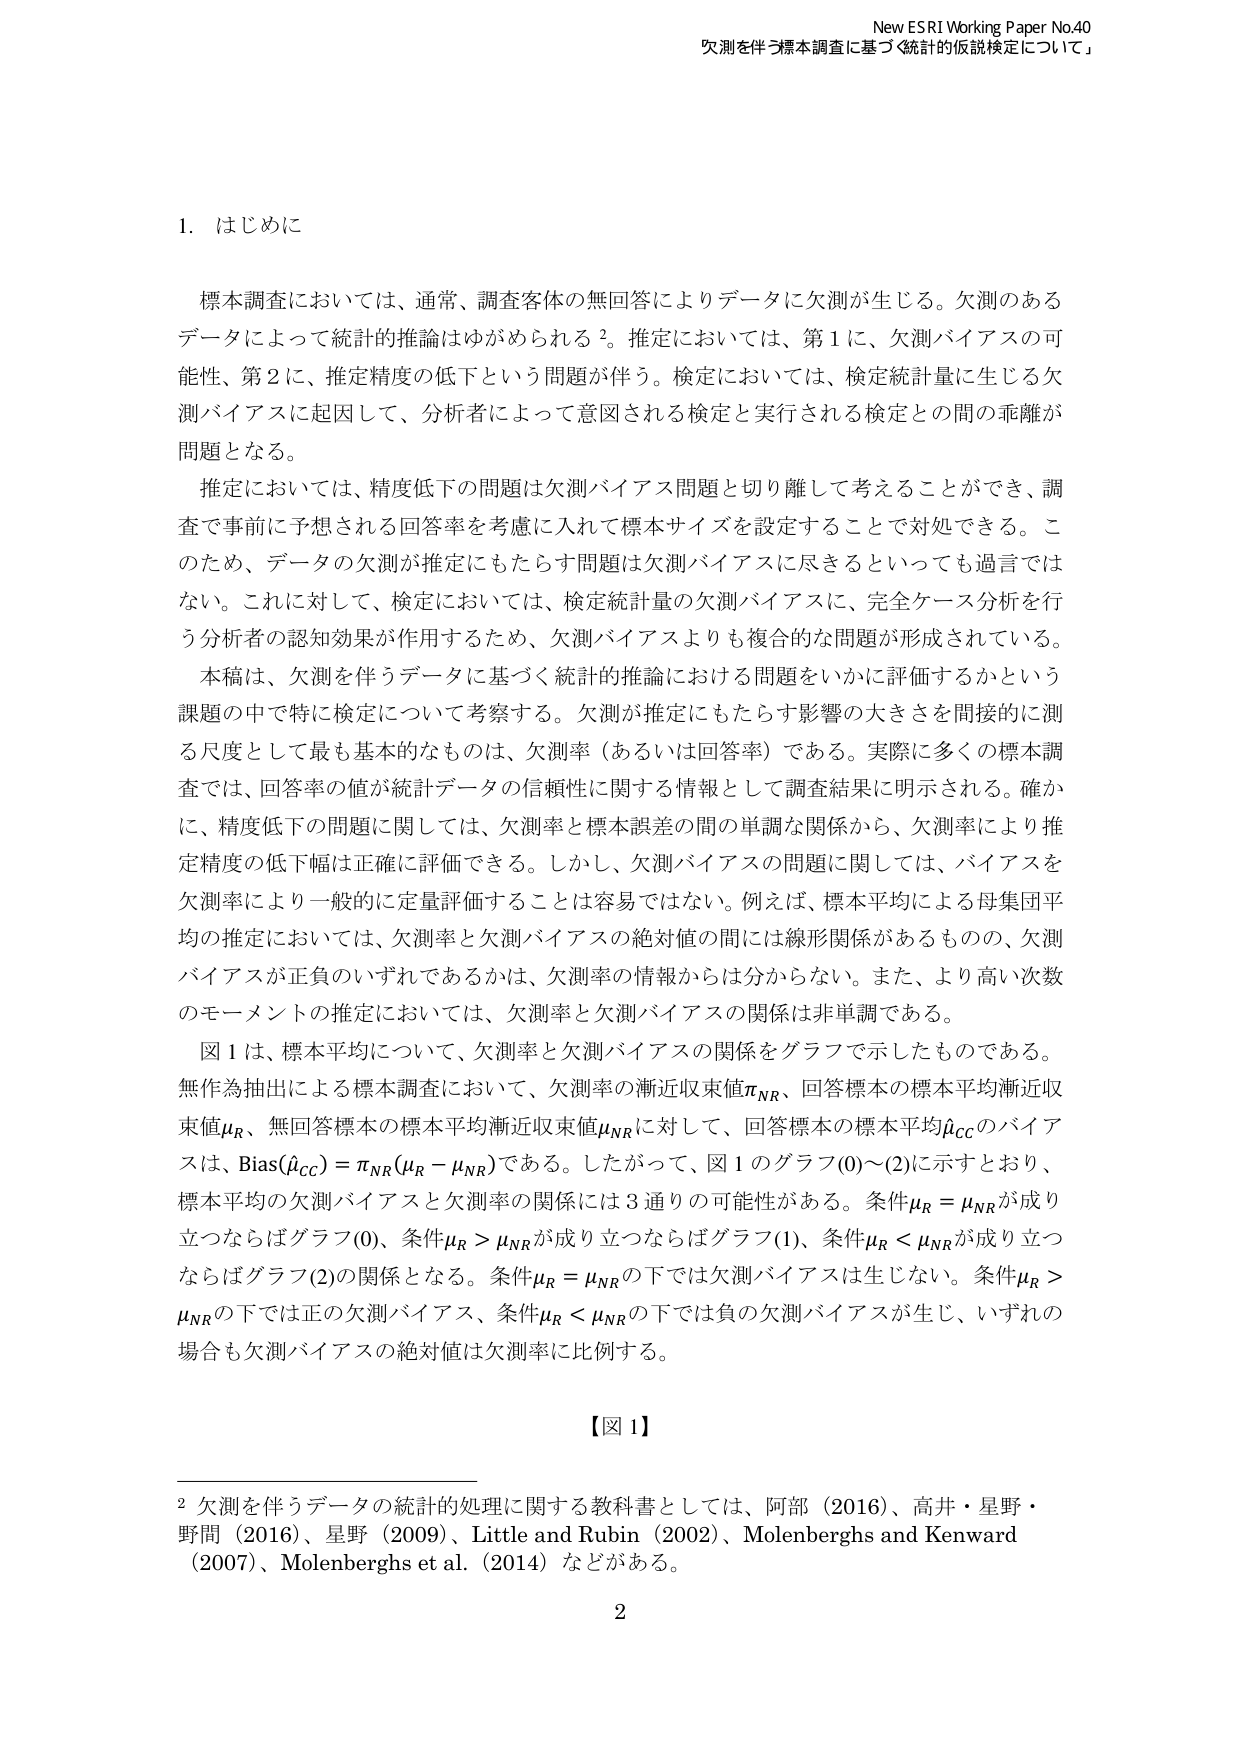
New ESRI Working Paper No.40
欠測を伴う標本調査に基づく統計的仮説検定について」

1. はじめに

標本調査においては、通常、調査客体の無回答によりデータに欠測が生じる。欠測のあるデータによって統計的推論はゆがめられる²。推定においては、第1に、欠測バイアスの可能性、第2に、推定精度の低下という問題が伴う。検定においては、検定統計量に生じる欠測バイアスに起因して、分析者によって意図される検定と実行される検定との間の乖離が問題となる。

推定においては、精度低下の問題は欠測バイアス問題と切り離して考えることができ、調査で事前に予想される回答率を考慮に入れて標本サイズを設定することで対処できる。このため、データの欠測が推定にもたらす問題は欠測バイアスに尽きるといっても過言ではない。これに対して、検定においては、検定統計量の欠測バイアスに、完全ケース分析を行う分析者の認知効果が作用するため、欠測バイアスよりも複合的な問題が形成されている。

本稿は、欠測を伴うデータに基づく統計的推論における問題をいかに評価するかという課題の中で特に検定について考察する。欠測が推定にもたらす影響の大きさを間接的に測る尺度として最も基本的なものは、欠測率（あるいは回答率）である。実際に多くの標本調査では、回答率の値が統計データの信頼性に関する情報として調査結果に明示される。確かに、精度低下の問題に関しては、欠測率と標本誤差の間の単調な関係から、欠測率により推定精度の低下幅は正確に評価できる。しかし、欠測バイアスの問題に関しては、バイアスを欠測率により一般的に定量評価することは容易ではない。例えば、標本平均による母集団平均の推定においては、欠測率と欠測バイアスの絶対値の間には線形関係があるものの、欠測バイアスが正負のいずれであるかは、欠測率の情報からは分からない。また、より高い次数のモーメントの推定においては、欠測率と欠測バイアスの関係は非単調である。

図1は、標本平均について、欠測率と欠測バイアスの関係をグラフで示したものである。無作為抽出による標本調査において、欠測率の漸近収束値πNR、回答標本の標本平均漸近収束値μR、無回答標本の標本平均漸近収束値μNRに対して、回答標本の標本平均μ̂CCのバイアスは、Bias(μ̂CC) = πNR(μR - μNR)である。したがって、図1のグラフ(0)～(2)に示すとおり、標本平均の欠測バイアスと欠測率の関係には3通りの可能性がある。条件μR = μNRが成り立つならばグラフ(0)、条件μR > μNRが成り立つならばグラフ(1)、条件μR < μNRが成り立つならばグラフ(2)の関係となる。条件μR = μNRの下では欠測バイアスは生じない。条件μR > μNRの下では正の欠測バイアス、条件μR < μNRの下では負の欠測バイアスが生じ、いずれの場合も欠測バイアスの絶対値は欠測率に比例する。

【図1】

² 欠測を伴うデータの統計的処理に関する教科書としては、阿部（2016）、高井・星野・野間（2016）、星野（2009）、Little and Rubin（2002）、Molenberghs and Kenward（2007）、Molenberghs et al.（2014）などがある。

2